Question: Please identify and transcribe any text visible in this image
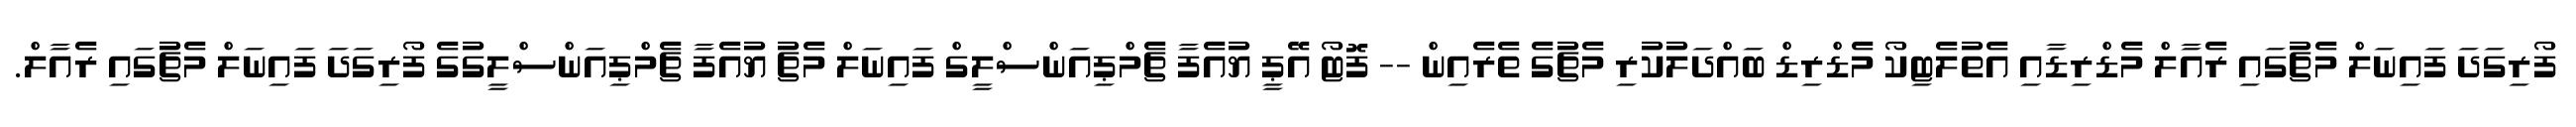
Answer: ފޯރިގަދަ ފައިނަލް މެޗުގައި ރެއާލް މެޑްރިޑާއި އެތުލެޓިކޯ މެޑްރިޑް ބައްދަލުކުރި މެޗުގެ ތެރެއިން -- ފޮޓޯ އޭޕީ ޔުއެފާ ޗެމްޕިއަންސްލީގް ފައިނަލް މެޗު ޔުއެފާ ޗެމްޕިއަންސްލީގުގެ ފޯރިގަދަ ފައިނަލް މެޗުގައި ރެއާލް.